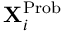
{ \bf X } _ { i } ^ { \mathrm { P r o b } }